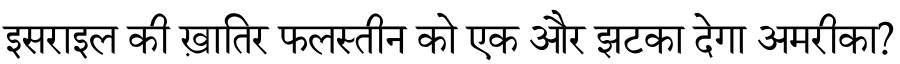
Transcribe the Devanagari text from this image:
इसराइल की ख़ातिर फलस्तीन को एक और झटका देगा अमरीका?